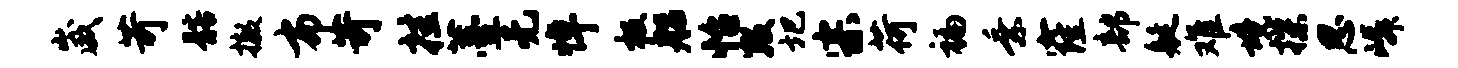
崴苛髂撤布苛挂薹无悼极船怡数圯宗荷褊乘窿部艇难境揲思嶙